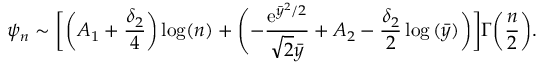
\psi _ { n } \sim \bigg [ \bigg ( A _ { 1 } + \frac { \delta _ { 2 } } { 4 } \bigg ) \log ( n ) + \Biggl ( - \frac { \mathrm { e } ^ { \bar { y } ^ { 2 } / 2 } } { \sqrt { 2 } \bar { y } } + A _ { 2 } - \frac { \delta _ { 2 } } { 2 } \log { ( \bar { y } ) } \bigg ) \bigg ] \Gamma \bigg ( \frac { n } { 2 } \bigg ) .